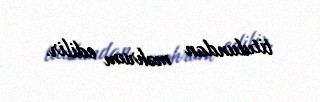
titulundan məhrum edilir.